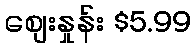
စျေးနှုန်း $5.99